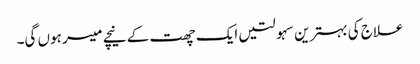
علاج کی بہترین سہولتیں ایک چھت کے نیچے میسر ہوں گی۔